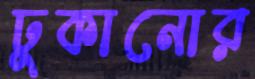
ঢুকানোর